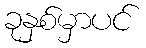
ခုနှစ်မှာပင်